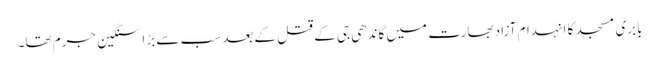
بابری مسجد کا انہدام آزاد بھارت میں گاندھی جی کے قتل کے بعد سب سے بڑا سنگین جرم تھا۔